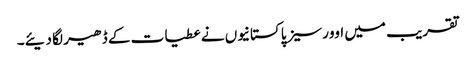
تقریب میں اوورسیز پاکستانیوں نے عطیات کے ڈھیر لگا دیئے۔